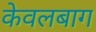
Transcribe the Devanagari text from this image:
केवलबाग